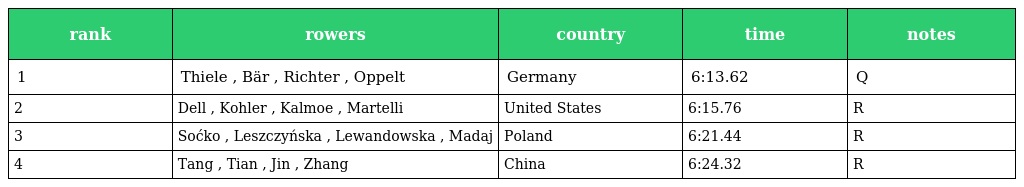
| rank | rowers | country | time | notes |
 | --- | --- | --- | --- | --- |
 | 1 | Thiele , Bär , Richter , Oppelt | Germany | 6:13.62 | Q |
 | 2 | Dell , Kohler , Kalmoe , Martelli | United States | 6:15.76 | R |
 | 3 | Soćko , Leszczyńska , Lewandowska , Madaj | Poland | 6:21.44 | R |
 | 4 | Tang , Tian , Jin , Zhang | China | 6:24.32 | R |